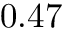
0 . 4 7